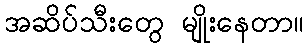
အဆိပ်သီးတွေ မျိုးနေတာ။